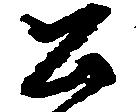
公